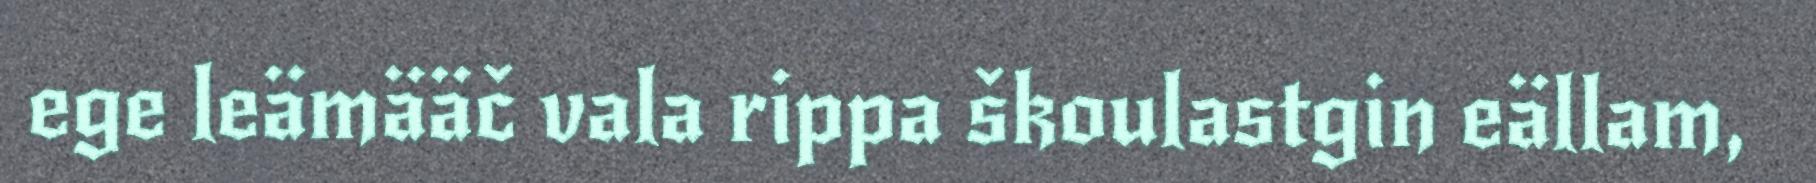
ege leämääč vala rippa škoulastgin eällam,